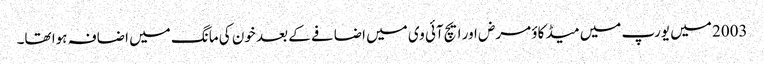
2003 میں یورپ میں میڈ کاؤ مرض اور ایچ آئی وی میں اضافے کے بعد خون کی مانگ میں اضافہ ہوا تھا۔